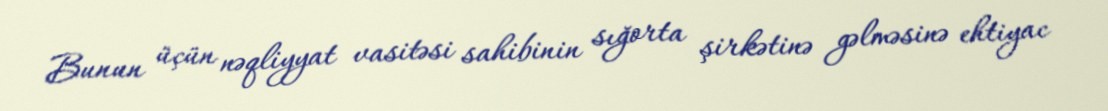
Bunun üçün nəqliyyat vasitəsi sahibinin sığorta şirkətinə gəlməsinə ehtiyac